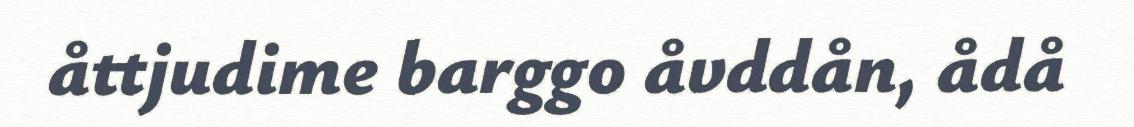
åttjudime barggo åvddån, ådå